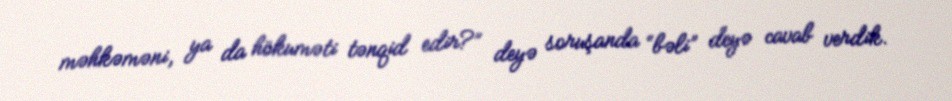
məhkəməni, ya da hökuməti tənqid edir?” deyə soruşanda “bəli” deyə cavab verdik.